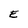
Character: E